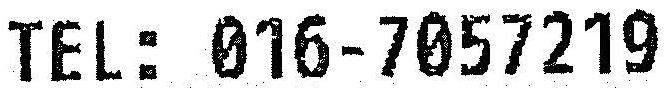
TEL: 016-7057219